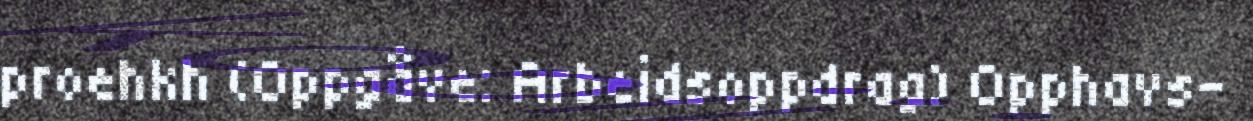
proehkh (Oppgåve: Arbeidsoppdrag) Opphavs-